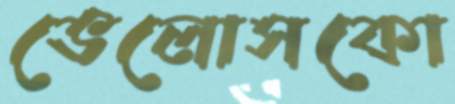
ভেলোসকো